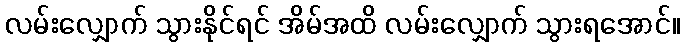
လမ်းလျှောက် သွားနိုင်ရင် အိမ်အထိ လမ်းလျှောက် သွားရအောင်။